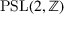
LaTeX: \operatorname { P S L } ( 2 , \mathbb { Z } )